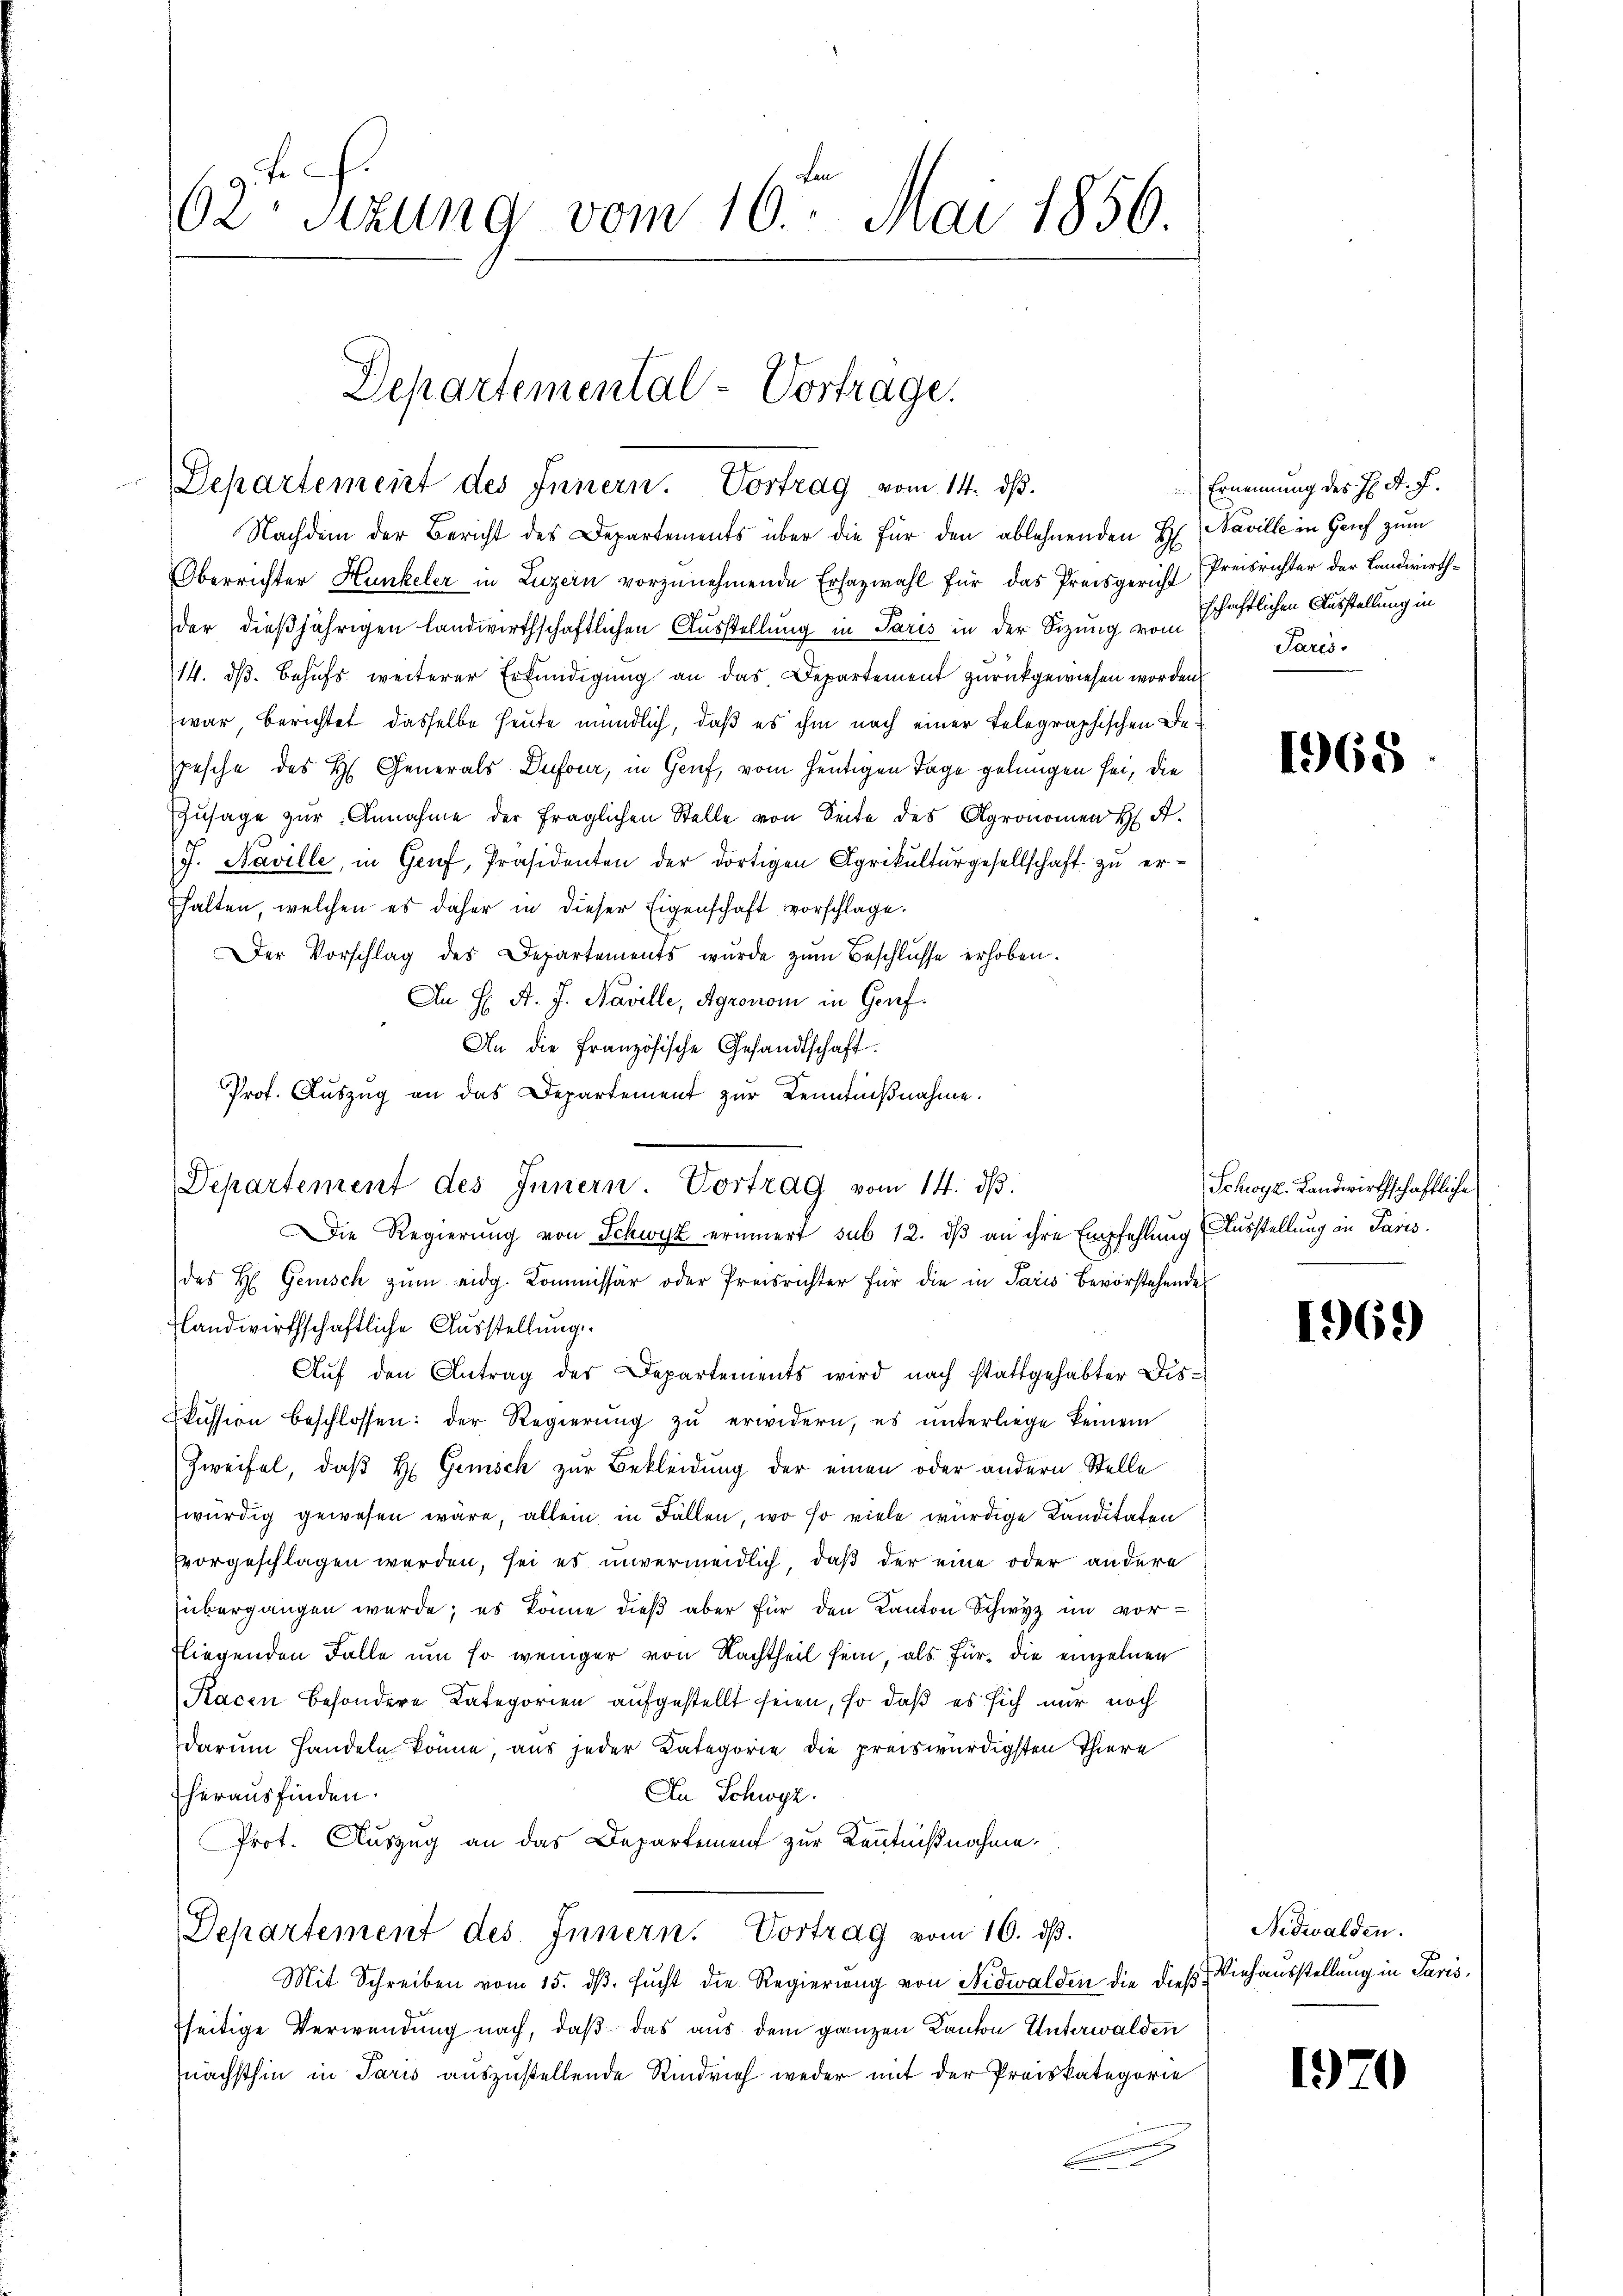
62 sezung vom 16ten Mai 1856.

Nachdem der Bericht des Departements über die für den ablehnenden H Naville in Genf zum
Oberrichter Hunkeler in Luzern vorzŭnehmende Erhazwahl für das Preisgericht Preisrichter der Landwirthder dießjährigen landwirthschaftlichen Ausstellung in Paris in der Sitzung vom Schaftlichen Ausstellung in
14. d. Behufs weiterer Erkundigung an das Departement zurückgewiesen worden
war berichtet dasselbe heute mündlich, daß es ihm nach einer telegraphischen Bepesche des H. Generals Dufour, in Genf, vom heutigen Tage gelungen sei, die
Zŭsage zŭr Annahme der fraglichen Stelle von Seite des Agronomen H A.
J. Naville, in Genf, Präsidenten der dortigen Agrikulturgesellschaft zu erhhalten, welchen es daher in dieser Eigenschaft vorschlage.
Der Vorschlag des Departements wurde zum Beschlüsse erhoben.
An H. A. J. Naville, Agronom in Genf.
An die Französische Gesandtschaft.
Prof. Auszug an das Departement zur Kenntnißnahme.
Die Regierung von Schwyz erinnert sub 12. dβ an ihre Empfehlung (Ausstellung in Paris.
des H. Genisch zŭm eidg. Kommissär oder Preisrichter für die in Paris bevorstehende
landwirthschaftliche Ausstellung
Aŭf den Antrag der Departements wird nach stattgehabter Diskission beschlossen: der Regierŭng zŭ erwidern, es ŭnterliege keinem
Zweifel, daß H. Gemisch zur Bekleidung der einen oder andern Stelle
würdig gewesen wäre, allein, in Fällen, wo so viele würdige Kanditaten
vorgeschlagen werden, sei es unvermeidlich, daß der eine oder andere
übergangen wurde; es könne dieß aber für den Kanton Schwyz im vorfliegenden Falle um so weniger von Nachtheil sein, als für die einzelnen
Racen besondere Kategorien aufgestellt seien, so daß es sich nur noch
darum handeln könne, aus jeder Kategorie die preiswürdigsten Thiere
An Schwyz.
herausfinden.
Prot. Auszug an das Departement zur Kenntnißnahme,
Departement des Innern. Vortrag vom 16. ds.
Mit Schreiben vom 15. dβ. sŭcht die Regierung von Nidwalden die dießseitige Verwendung nach, daß das aus dem ganzen Kanton Unterwalden
nächsthin in Paris auszustellende Rindvieh weder mit der Preiskategorie

Departemental-Vortrage.
Departement des Innern. Vortrag vom 14. dβ.

Departement des Innern. Vortrag vom 14. dβ.

Ernennung des H. R. F.
Paris.

1968

Schwyz. Landwirthschaftliche

1969

Nidwalden.
Viehausstellung in Paris,

1.)

¬